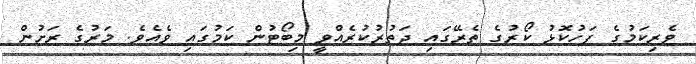
ވެރިކަމުގެ ފަހުކޮޅު ކޯރުގެ ތެރޭގައި ދަތުރުކުރެއްވީ މިބޯޓުން ކަމުގައި ވެއެވެ. މަރުގެ ރަށުން